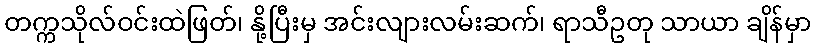
တက္ကသိုလ်ဝင်းထဲဖြတ်၊ နို့ပြီးမှ အင်းလျားလမ်းဆက်၊ ရာသီဥတု သာယာ ချိန်မှာ